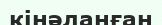
кінәланған